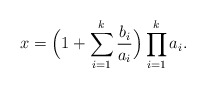
\begin{align*} x= \Bigl( 1+ \sum_{i=1}^k\frac{b_i}{a_i} \Bigr) \prod_{i=1}^k a_i .\end{align*}